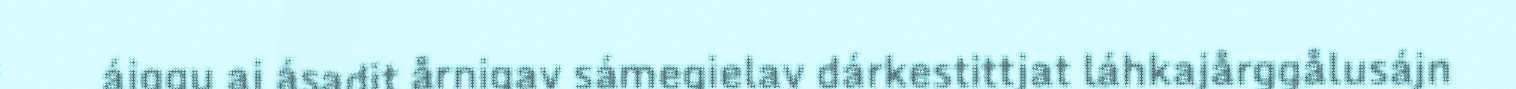
ájggu aj ásadit årnigav sámegielav dárkestittjat láhkajårggålusájn